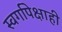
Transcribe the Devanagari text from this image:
स्वर्गापेक्षाही